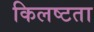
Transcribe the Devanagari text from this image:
किलष्टता